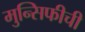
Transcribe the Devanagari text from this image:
मुन्सिफीची